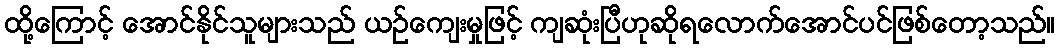
ထို့ကြောင့် အောင်နိုင်သူများသည် ယဉ်ကျေးမှုဖြင့် ကျဆုံးပြီဟုဆိုရလောက်အောင်ပင်ဖြစ်တော့သည်။